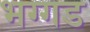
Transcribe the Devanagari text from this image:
भग्‍गड